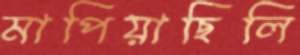
মাপিয়াছিলি